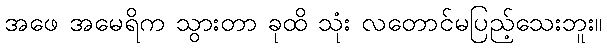
အဖေ အမေရိက သွားတာ ခုထိ သုံး လတောင်မပြည့်သေးဘူး။